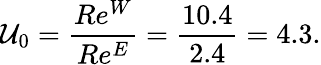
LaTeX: \mathcal{U}_{0}=\frac{{Re^{W}}}{{Re^{E}}}=\frac{{10.4}}{{2.4}}=4.3.